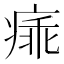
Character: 㾩